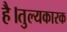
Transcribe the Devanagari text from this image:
है।तुल्यकारक